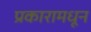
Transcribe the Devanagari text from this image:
प्रकारामधून